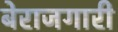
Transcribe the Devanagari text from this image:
बेराजगारी